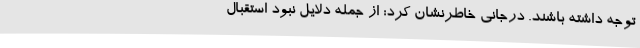
توجه داشته باشند. درجانی خاطرنشان کرد: از جمله دلایل نبود استقبال